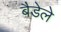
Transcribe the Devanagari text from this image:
बैडेले